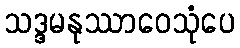
သဒ္ဒမနုဿာဝေသုံပေ